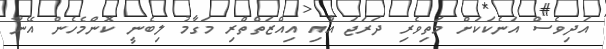
އަދިވެސް އަނެކަކަށް މަތިވެރި ދަރަޖަ އާއި އިއްޒަތްތްރި މަގާމު ލިބެނީ ކޮންމެހެން އޭނާ